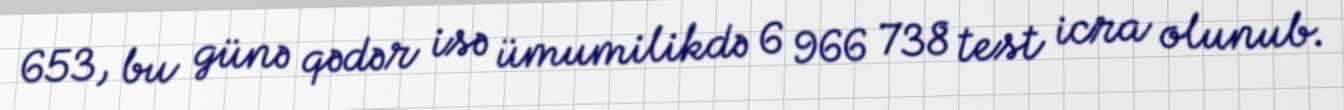
653, bu günə qədər isə ümumilikdə 6 966 738 test icra olunub.